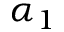
\alpha _ { 1 }